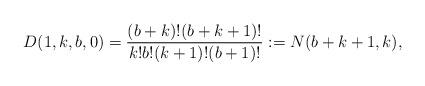
LaTeX: \begin{gather*} D(1,k,b,0) = {(b+k)! (b+k+1)! \over k! b! (k+1)! (b+1)!}:=N(b+k+1,k),\end{gather*}